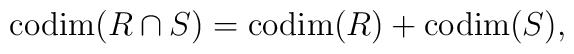
{\rm codim}(R\cap S) = {\rm codim}(R) + {\rm codim}(S),